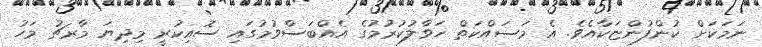
ނަމަކަށް ކުންފުންޏަކާއެވެ. އެ މަސައްކަތް ހަވާލުކުރުމުގެ އެއްބަސްވުމުގައި ސޮއިކުރީ މިދިޔަ މާރޗު މަހު